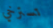
تسترخي